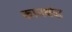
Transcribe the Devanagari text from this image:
कामधंदा